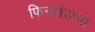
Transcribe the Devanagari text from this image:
फिनलंडाचा